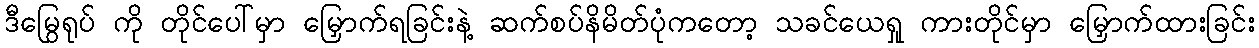
ဒီမြွေရုပ် ကို တိုင်ပေါ်မှာ မြှောက်ရခြင်းနဲ့ ဆက်စပ်နိမိတ်ပုံကတော့ သခင်ယေရှု ကားတိုင်မှာ မြှောက်ထားခြင်း